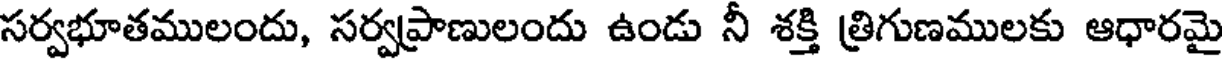
సర్వభూతములందు, సర్వప్రాణులందు ఉండు నీ శక్తి త్రిగుణములకు ఆధారమై